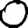
Digit: 0